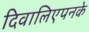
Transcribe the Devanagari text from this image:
दिवालिएपनके